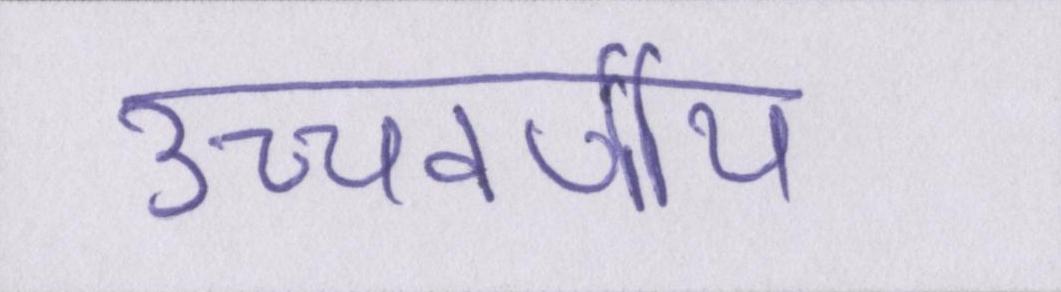
उच्चवर्णीय